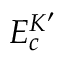
E _ { c } ^ { K ^ { \prime } }